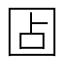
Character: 𰉏